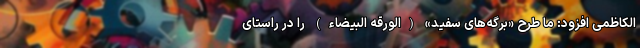
الکاظمی افزود: ما طرح «برگه‌های سفید» (الورقه البیضاء) را در راستای